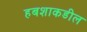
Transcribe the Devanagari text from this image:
हबशाकडील